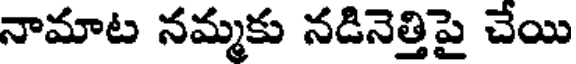
నామాట నమ్మకు నడినెత్తిపై చేయి